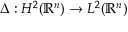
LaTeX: \Delta : H ^ { 2 } ( { \mathbb { R } } ^ { n } ) \to L ^ { 2 } ( { \mathbb { R } } ^ { n } )